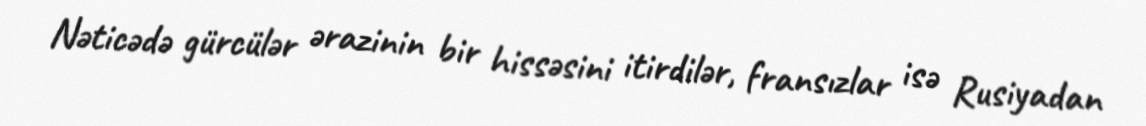
Nəticədə gürcülər ərazinin bir hissəsini itirdilər, fransızlar isə Rusiyadan